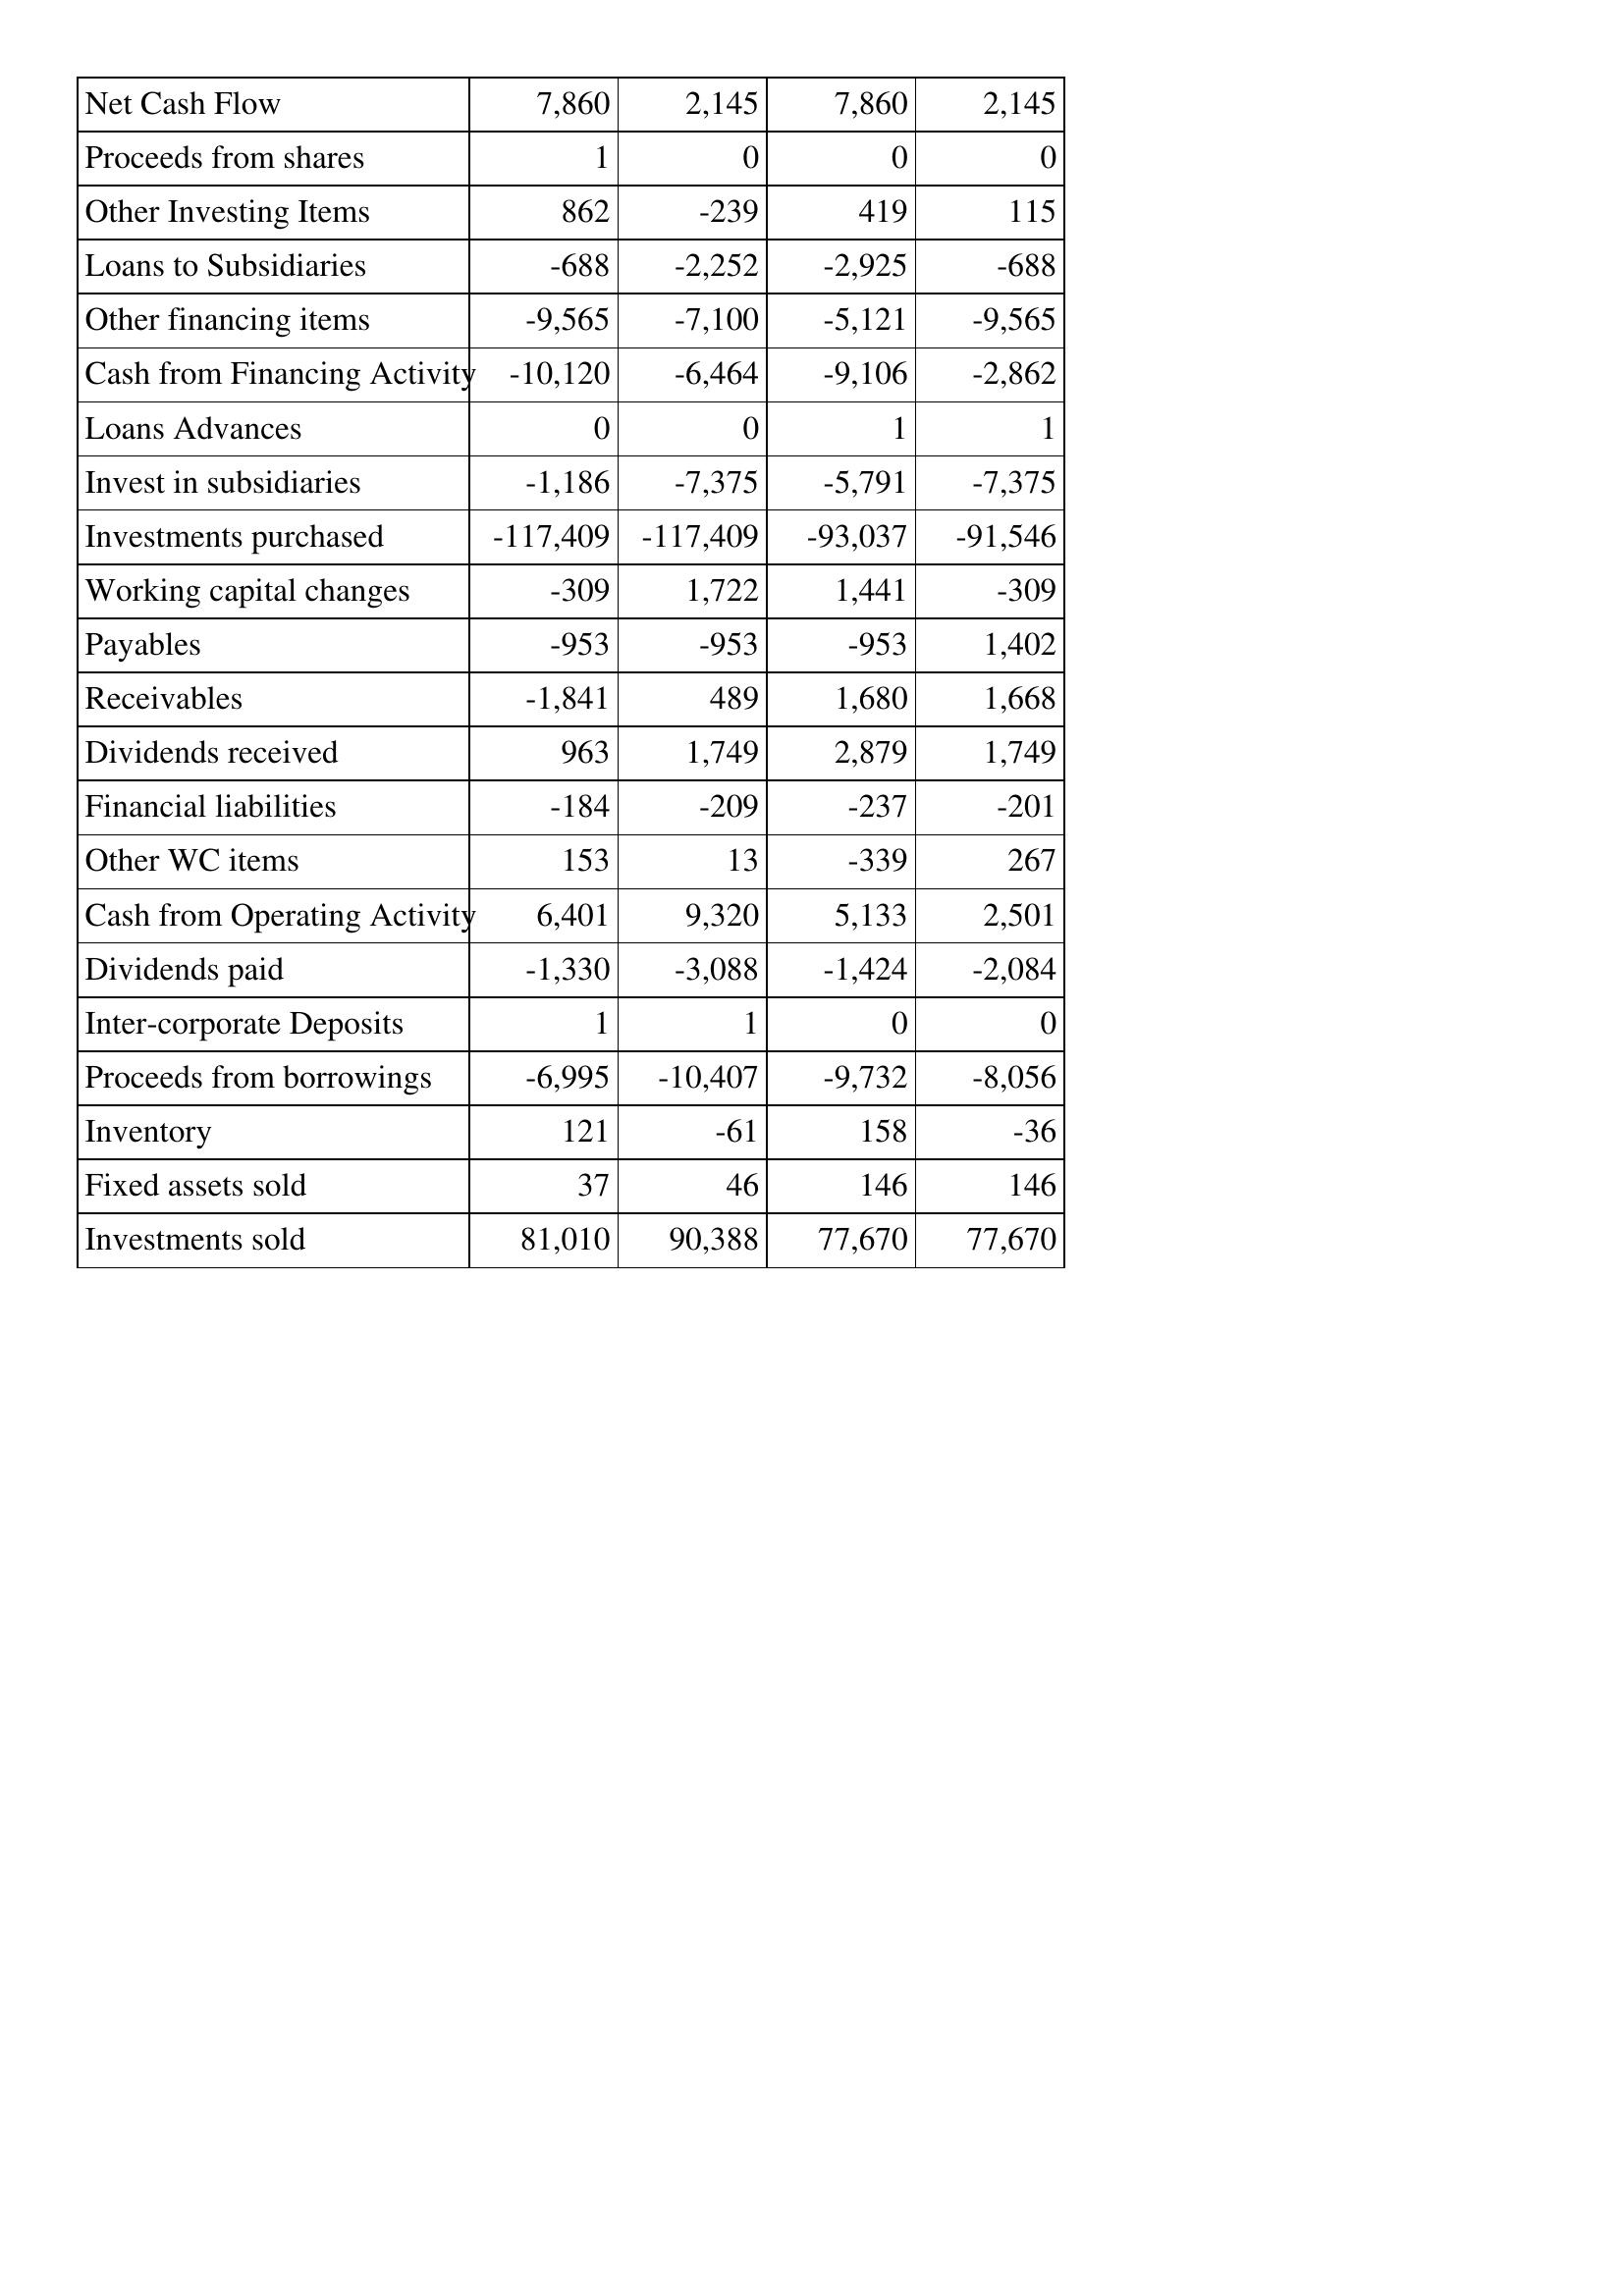
Mar-12: Cash Flows: Net Cash Flow: 7,860
Proceeds from shares: 1
Other Investing Items: 862
Loans to Subsidiaries: -688
Other financing items: -9,565
Cash from Financing Activity: -10,120
Loans Advances: 0
Invest in subsidiaries: -1,186
Investments purchased: -117,409
Working capital changes: -309
Payables: -953
Receivables: -1,841
Dividends received: 963
Financial liabilities: -184
Other WC items: 153
Cash from Operating Activity: 6,401
Dividends paid: -1,330
Inter-corporate Deposits: 1
Proceeds from borrowings: -6,995
Inventory: 121
Fixed assets sold: 37
Investments sold: 81,010
Mar-11: Cash Flows: Net Cash Flow: 2,145
Proceeds from shares: 0
Other Investing Items: -239
Loans to Subsidiaries: -2,252
Other financing items: -7,100
Cash from Financing Activity: -6,464
Loans Advances: 0
Invest in subsidiaries: -7,375
Investments purchased: -117,409
Working capital changes: 1,722
Payables: -953
Receivables: 489
Dividends received: 1,749
Financial liabilities: -209
Other WC items: 13
Cash from Operating Activity: 9,320
Dividends paid: -3,088
Inter-corporate Deposits: 1
Proceeds from borrowings: -10,407
Inventory: -61
Fixed assets sold: 46
Investments sold: 90,388
Mar-10: Cash Flows: Net Cash Flow: 7,860
Proceeds from shares: 0
Other Investing Items: 419
Loans to Subsidiaries: -2,925
Other financing items: -5,121
Cash from Financing Activity: -9,106
Loans Advances: 1
Invest in subsidiaries: -5,791
Investments purchased: -93,037
Working capital changes: 1,441
Payables: -953
Receivables: 1,680
Dividends received: 2,879
Financial liabilities: -237
Other WC items: -339
Cash from Operating Activity: 5,133
Dividends paid: -1,424
Inter-corporate Deposits: 0
Proceeds from borrowings: -9,732
Inventory: 158
Fixed assets sold: 146
Investments sold: 77,670
Mar-09: Cash Flows: Net Cash Flow: 2,145
Proceeds from shares: 0
Other Investing Items: 115
Loans to Subsidiaries: -688
Other financing items: -9,565
Cash from Financing Activity: -2,862
Loans Advances: 1
Invest in subsidiaries: -7,375
Investments purchased: -91,546
Working capital changes: -309
Payables: 1,402
Receivables: 1,668
Dividends received: 1,749
Financial liabilities: -201
Other WC items: 267
Cash from Operating Activity: 2,501
Dividends paid: -2,084
Inter-corporate Deposits: 0
Proceeds from borrowings: -8,056
Inventory: -36
Fixed assets sold: 146
Investments sold: 77,670